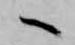
へ